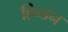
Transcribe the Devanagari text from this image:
हिन्‍डन